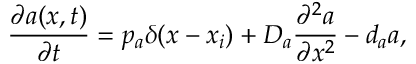
\frac { \partial a ( x , t ) } { \partial t } = p _ { a } \delta ( x - x _ { i } ) + D _ { a } \frac { \partial ^ { 2 } a } { \partial x ^ { 2 } } - d _ { a } a ,